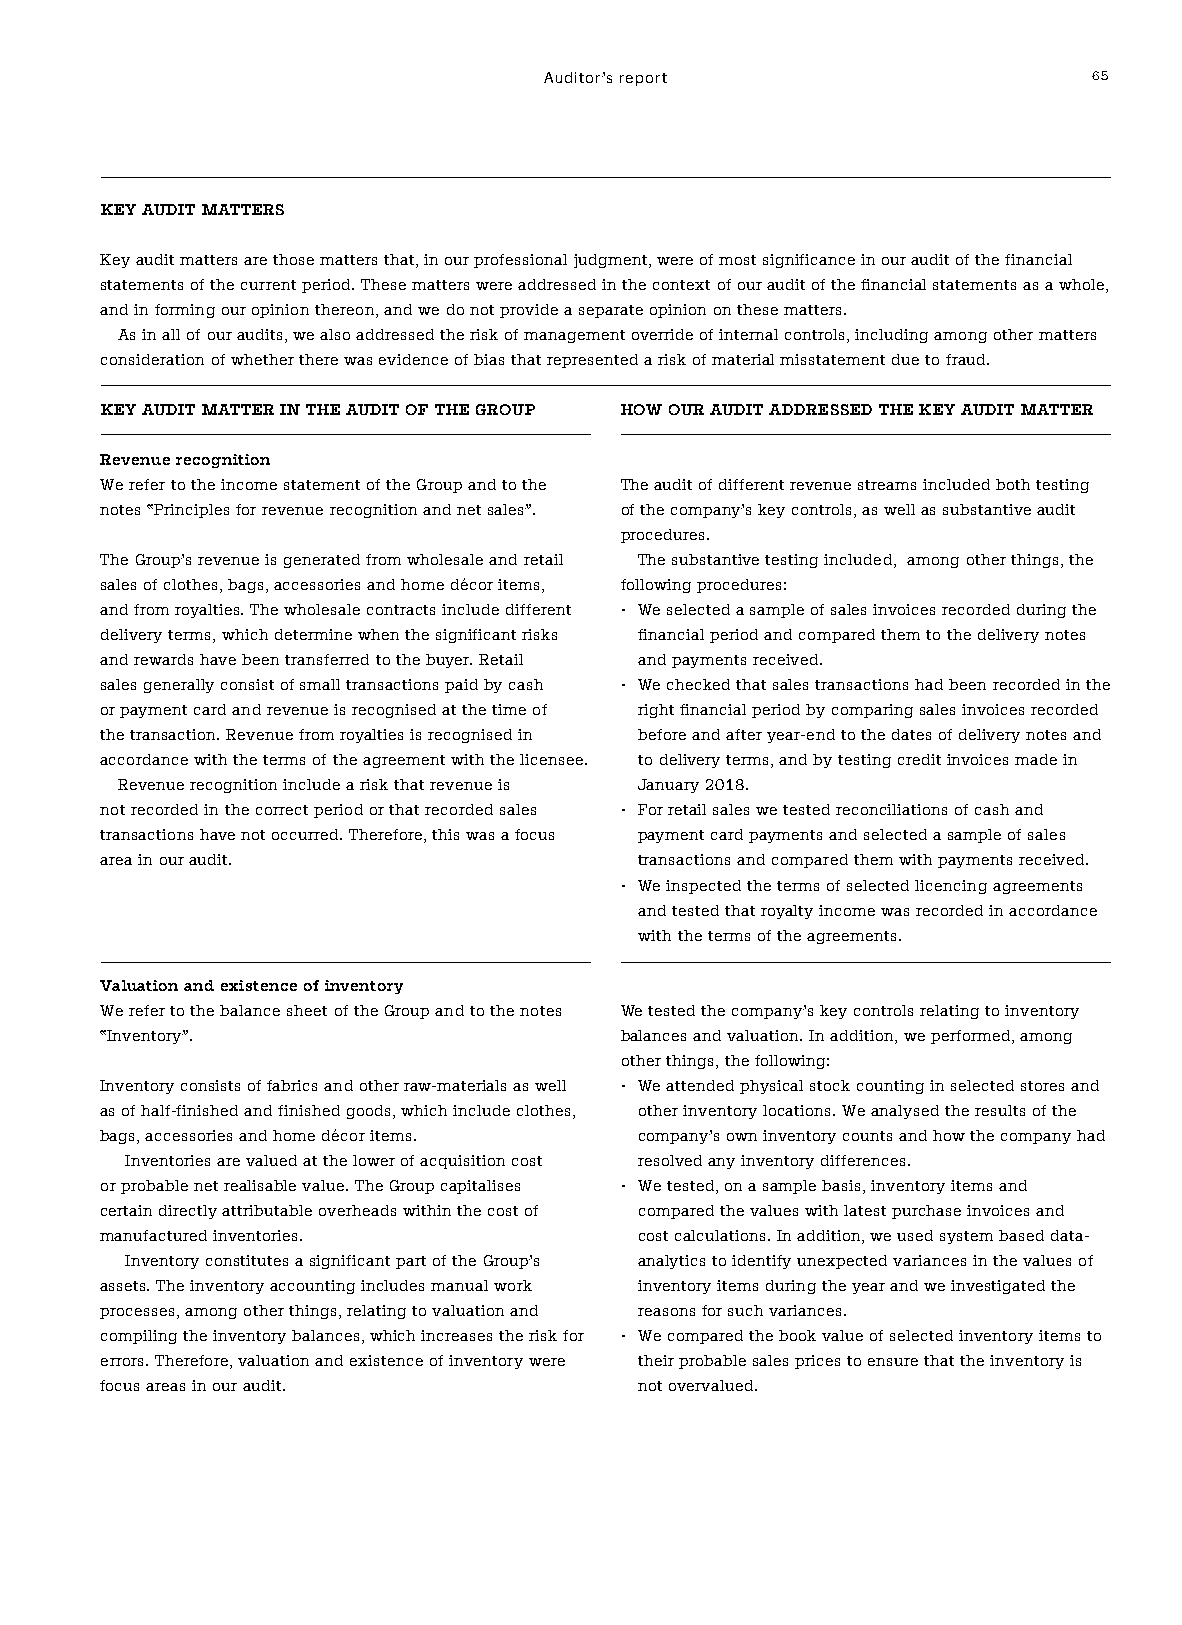
Auditor’s report                    65
 KEY AUDIT MATTERS
 Key audit matters are those matters that, in our professional judgment, were of most significance in our audit of the financial
 statements of the current period. These matters were addressed in the context of our audit of the financial statements as a whole,
 and in forming our opinion thereon, and we do not provide a separate opinion on these matters.
 As in all of our audits, we also addressed the risk of management override of internal controls, including among other matters
 consideration of whether there was evidence of bias that represented a risk of material misstatement due to fraud.
 KEY AUDIT MATTER IN THE AUDIT OF THE GROUP HOW OUR AUDIT ADDRESSED THE KEY AUDIT MATTER
 Revenue recognition
 We refer to the income statement of the Group and to the The audit of different revenue streams included both testing
 notes “Principles for revenue recognition and net sales”. of the company’s key controls, as well as substantive audit
 procedures.
 The Group’s revenue is generated from wholesale and retail The substantive testing included, among other things, the
 sales of clothes, bags, accessories and home décor items, following procedures:
 and from royalties. The wholesale contracts include different • We selected a sample of sales invoices recorded during the
 delivery terms, which determine when the significant risks financial period and compared them to the delivery notes
 and rewards have been transferred to the buyer. Retail and payments received.
 sales generally consist of small transactions paid by cash • We checked that sales transactions had been recorded in the
 or payment card and revenue is recognised at the time of right financial period by comparing sales invoices recorded
 the transaction. Revenue from royalties is recognised in before and after year-end to the dates of delivery notes and
 accordance with the terms of the agreement with the licensee. to delivery terms, and by testing credit invoices made in
 Revenue recognition include a risk that revenue is January 2018.
 not recorded in the correct period or that recorded sales • For retail sales we tested reconciliations of cash and
 transactions have not occurred. Therefore, this was a focus payment card payments and selected a sample of sales
 area in our audit.                 transactions and compared them with payments received.
 • We inspected the terms of selected licencing agreements
 and tested that royalty income was recorded in accordance
 with the terms of the agreements.
 Valuation and existence of inventory
 We refer to the balance sheet of the Group and to the notes We tested the company’s key controls relating to inventory
 “Inventory”.                      balances and valuation. In addition, we performed, among
 other things, the following:
 Inventory consists of fabrics and other raw-materials as well • We attended physical stock counting in selected stores and
 as of half-finished and finished goods, which include clothes, other inventory locations. We analysed the results of the
 bags, accessories and home décor items. company’s own inventory counts and how the company had
 Inventories are valued at the lower of acquisition cost resolved any inventory differences.
 or probable net realisable value. The Group capitalises • We tested, on a sample basis, inventory items and
 certain directly attributable overheads within the cost of compared the values with latest purchase invoices and
 manufactured inventories.          cost calculations. In addition, we used system based data-
 Inventory constitutes a significant part of the Group’s analytics to identify unexpected variances in the values of
 assets. The inventory accounting includes manual work inventory items during the year and we investigated the
 processes, among other things, relating to valuation and reasons for such variances.
 compiling the inventory balances, which increases the risk for • We compared the book value of selected inventory items to
 errors. Therefore, valuation and existence of inventory were their probable sales prices to ensure that the inventory is
 focus areas in our audit.          not overvalued.